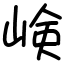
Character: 𡸴